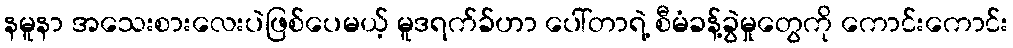
နမူနာ အသေးစားလေးပဲဖြစ်ပေမယ့် မူဒရက်ခ်ဟာ ပေါ်တာရဲ့ စီမံခန့်ခွဲမှုတွေကို ကောင်းကောင်း